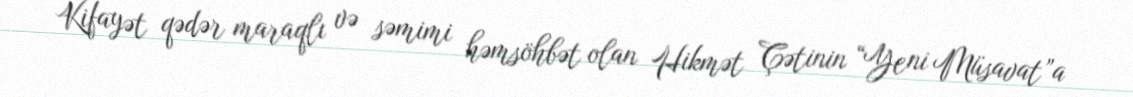
Kifayət qədər maraqlı və səmimi həmsöhbət olan Hikmət Çətinin “Yeni Müsavat”a